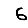
Digit: 6